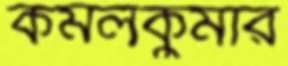
কমলকুমার